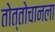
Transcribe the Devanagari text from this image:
तोत्तोचानला